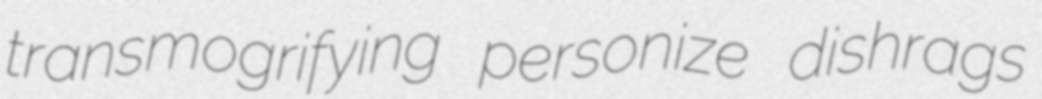
transmogrifying personize dishrags